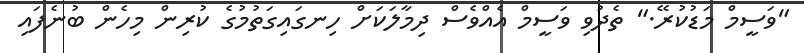
"ވަސީމް މަޑުކުރޭ." ތެދުވި ވަސީމް އެއްވެސް ދިމާލަކަށް ހިނގައިގަތުމުގެ ކުރިން މިހެން ބުނެފައި